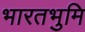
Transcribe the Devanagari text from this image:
भारतभुमि